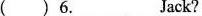
( )6. __Jack？